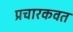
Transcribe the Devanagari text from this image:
प्रचारकवत